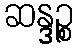
ဆန္ဒဉ္စ